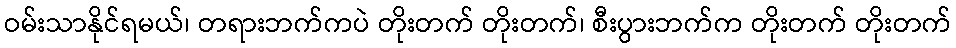
ဝမ်းသာနိုင်ရမယ်၊ တရားဘက်ကပဲ တိုးတက် တိုးတက်၊ စီးပွားဘက်က တိုးတက် တိုးတက်